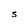
Character: S